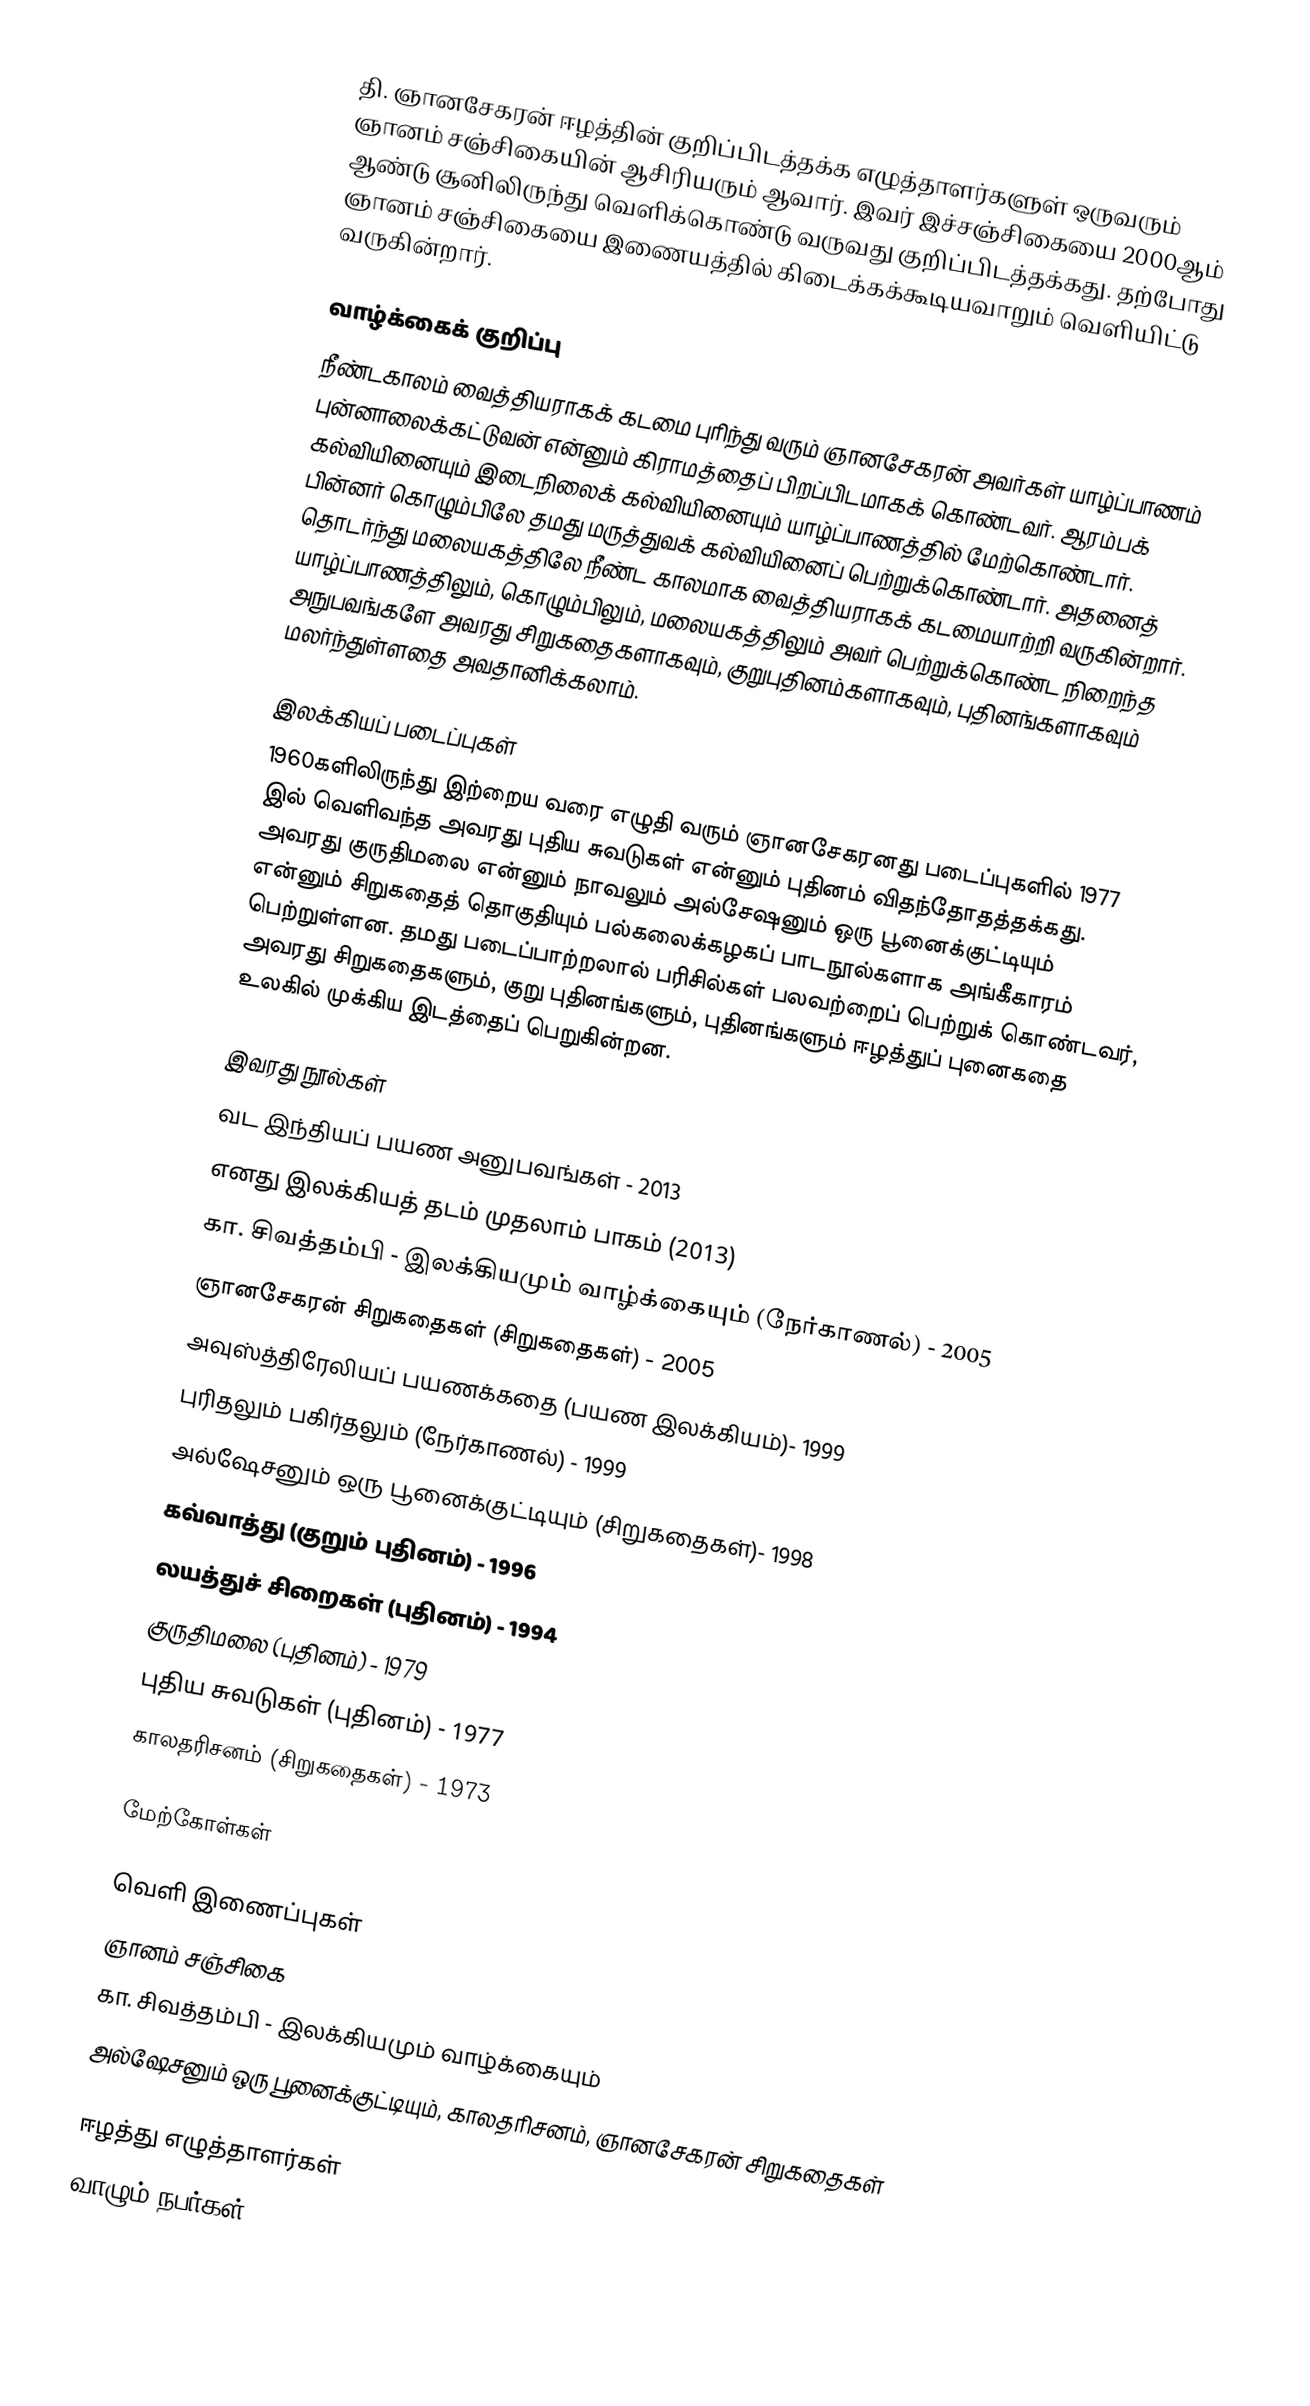
தி. ஞானசேகரன் ஈழத்தின் குறிப்பிடத்தக்க எழுத்தாளர்களுள் ஒருவரும் ஞானம் சஞ்சிகையின் ஆசிரியரும் ஆவார். இவர் இச்சஞ்சிகையை 2000ஆம் ஆண்டு சூனிலிருந்து வெளிக்கொண்டு வருவது குறிப்பிடத்தக்கது. தற்போது ஞானம் சஞ்சிகையை இணையத்தில் கிடைக்கக்கூடியவாறும் வெளியிட்டு வருகின்றார்.

வாழ்க்கைக் குறிப்பு
நீண்டகாலம் வைத்தியராகக் கடமை புரிந்து வரும் ஞானசேகரன் அவர்கள் யாழ்ப்பாணம் புன்னாலைக்கட்டுவன் என்னும் கிராமத்தைப் பிறப்பிடமாகக் கொண்டவர். ஆரம்பக் கல்வியினையும் இடைநிலைக் கல்வியினையும் யாழ்ப்பாணத்தில் மேற்கொண்டார். பின்னர் கொழும்பிலே தமது மருத்துவக் கல்வியினைப் பெற்றுக்கொண்டார். அதனைத் தொடர்ந்து மலையகத்திலே நீண்ட காலமாக வைத்தியராகக் கடமையாற்றி வருகின்றார். யாழ்ப்பாணத்திலும், கொழும்பிலும், மலையகத்திலும் அவர் பெற்றுக்கொண்ட நிறைந்த அநுபவங்களே அவரது சிறுகதைகளாகவும், குறுபுதினம்களாகவும், புதினங்களாகவும் மலர்ந்துள்ளதை அவதானிக்கலாம்.

இலக்கியப் படைப்புகள்
1960களிலிருந்து இற்றைய வரை எழுதி வரும் ஞானசேகரனது படைப்புகளில் 1977 இல் வெளிவந்த அவரது புதிய சுவடுகள் என்னும் புதினம் விதந்தோதத்தக்கது. அவரது குருதிமலை என்னும் நாவலும் அல்சேஷனும் ஒரு பூனைக்குட்டியும் என்னும் சிறுகதைத் தொகுதியும் பல்கலைக்கழகப் பாடநூல்களாக அங்கீகாரம் பெற்றுள்ளன. தமது படைப்பாற்றலால் பரிசில்கள் பலவற்றைப் பெற்றுக் கொண்டவர், அவரது சிறுகதைகளும், குறு புதினங்களும், புதினங்களும் ஈழத்துப் புனைகதை உலகில் முக்கிய இடத்தைப் பெறுகின்றன.

இவரது நூல்கள்
வட இந்தியப் பயண அனுபவங்கள் - 2013
 எனது இலக்கியத் தடம்  முதலாம் பாகம் (2013)
 கா. சிவத்தம்பி - இலக்கியமும் வாழ்க்கையும் (நேர்காணல்) - 2005
 ஞானசேகரன் சிறுகதைகள் (சிறுகதைகள்) - 2005
 அவுஸ்த்திரேலியப் பயணக்கதை (பயண இலக்கியம்)- 1999
 புரிதலும் பகிர்தலும் (நேர்காணல்) - 1999
 அல்ஷேசனும் ஒரு பூனைக்குட்டியும் (சிறுகதைகள்)- 1998
 கவ்வாத்து (குறும் புதினம்) - 1996
 லயத்துச் சிறைகள் (புதினம்) - 1994
 குருதிமலை (புதினம்) - 1979
 புதிய சுவடுகள் (புதினம்) - 1977
  காலதரிசனம் (சிறுகதைகள்) - 1973

மேற்கோள்கள்

வெளி இணைப்புகள்
 ஞானம் சஞ்சிகை
 கா. சிவத்தம்பி - இலக்கியமும் வாழ்க்கையும்
 அல்ஷேசனும் ஒரு பூனைக்குட்டியும், காலதரிசனம், ஞானசேகரன் சிறுகதைகள்

ஈழத்து எழுத்தாளர்கள்
வாழும் நபர்கள்